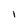
Character: l